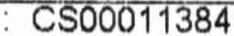
: CS00011384